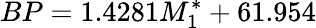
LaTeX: BP=1.4281M_{1}^{*}+61.954